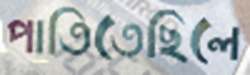
পাতিতেছিলে